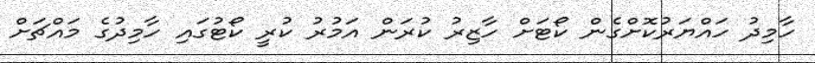
ހާމިދު ހައްޔަރުކޮށްގެން ކޯޓަށް ހާޒިރު ކުރަން އަމުރު ކުރީ ކޯޓުގައި ހާމިދުގެ މައްޗަށް